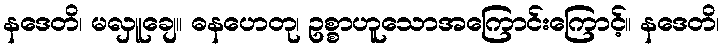
နဒေတိ၊ မလှူချေ။ ဓနဟေတု၊ ဥစ္စာဟူသောအကြောင်းကြောင့်။ နဒေတိ၊